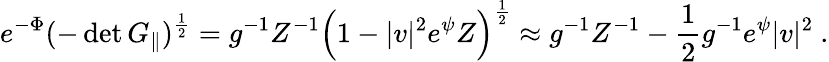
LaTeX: e^{-\Phi}(-\operatorname*{det}G_{\| })^{\frac{1}{2}}=g^{-1}Z^{-1}\Bigl(1-|v|^{2}e^{\psi}Z\Bigr)^{\frac{1}{2}}\approx g^{-1}Z^{-1}-\frac{1}{2}g^{-1}e^{\psi}|v|^{2}\ .